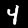
Label: 4